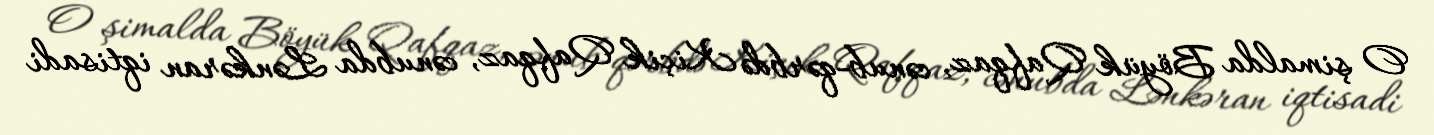
O şimalda Böyük Qafqaz, cənub-qərbdə Kiçik Qafqaz, cənubda Lənkəran iqtisadi